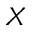
X